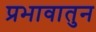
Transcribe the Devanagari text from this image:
प्रभावातुन